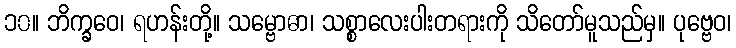
၁၀။ ဘိက္ခဝေ၊ ရဟန်းတို့။ သမ္ဗောဓာ၊ သစ္စာလေးပါးတရားကို သိတော်မူသည်မှ။ ပုဗ္ဗေဝ၊